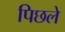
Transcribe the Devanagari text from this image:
पिछले